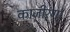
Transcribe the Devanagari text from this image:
काजीरंगा